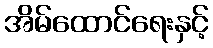
အိမ်ထောင်ရေးနှင့်